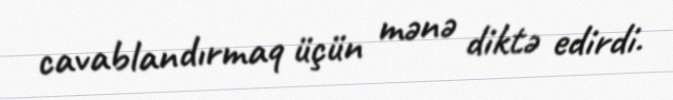
cavablandırmaq üçün mənə diktə edirdi.